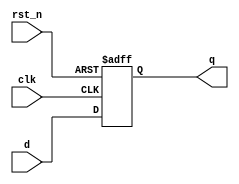
module dff (/*AUTOARG*/
   // Outputs
   q,
   // Inputs
   clk, d, rst_n
   );

   input clk;
   input d;
   input rst_n;
   output q;
   
   

   /*AUTOINPUT*/
   /*AUTOOUTPUT*/

   /*AUTOREG*/
   // Beginning of automatic regs (for this module's undeclared outputs)
   reg			q;
   // End of automatics
   /*AUTOWIRE*/
   always @(posedge clk or negedge rst_n) begin
      if(rst_n == 1'b0) begin
	 /*AUTORESET*/
	 // Beginning of autoreset for uninitialized flops
	 q <= 1'h0;
	 // End of automatics
      end
      else begin
	 q <= d;	 
      end
   end


`ifdef COCOTB_SIM
   initial begin
      $dumpfile ("waveform.vcd");
      $dumpvars;
      #1;
   end

   // debug helper for cocotb only
   reg [7:0] dbg_count;
   initial begin
      dbg_count = 8'hFF;
      
   end
   
`endif


   

   
endmodule // dff
/*
 Local Variables:
 verilog-library-directories:(
 "."
 )
 End:
 */